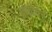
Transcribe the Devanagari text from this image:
ब्रंकोवेनु